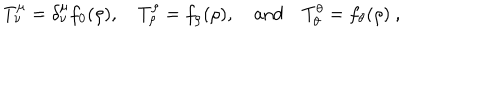
T _ { \nu } ^ { \mu } = \delta _ { \nu } ^ { \mu } f _ { 0 } ( \rho ) , \quad T _ { \rho } ^ { \rho } = f _ { \rho } ( \rho ) , \quad \mathrm { a n d } \quad T _ { \theta } ^ { \theta } = f _ { \theta } ( \rho ) ~ ,